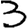
Digit: 3